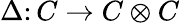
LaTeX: \Delta\colon C\to C\otimes C